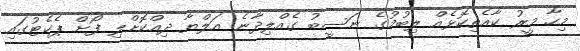
މިހާ މީރު ކާއެތިކޮޅެއް ލިބުމުގެ ނަސީބު ގެއްލިދާނެ އަލްޔާ ދިއްކޮށްލި ފޯށް ޕެކެޓުގައި